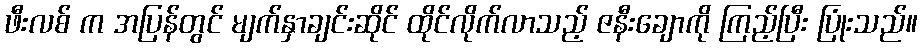
ဖီးလစ် က အပြန်တွင် မျက်နှာချင်းဆိုင် ထိုင်လိုက်လာသည့် ဇနီးချောကို ကြည့်ပြီး ပြုံးသည်။